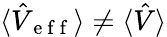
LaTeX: \langle\hat{V}_{\mathrm{~e~f~f~}}\rangle\neq\langle\hat{V}\rangle